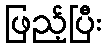
ဖြည့်ပြီး